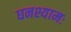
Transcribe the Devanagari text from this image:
घनश्यामः